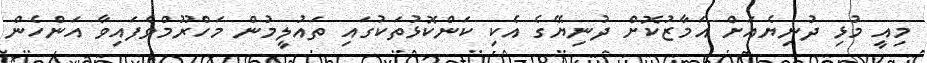
މިއީ މުޅި ދުނިޔެއަށް އަމާޒުކޮށް ދުނިޔޭގެ އެކި ކަންކޮޅުތަކުގައި ތައުލީމުން މަހްރޫމްވެފައިވާ އަންހެން